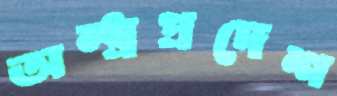
অন্ধ্রপ্রদেশ